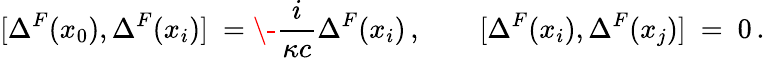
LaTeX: [\Delta^{F}(x_{0}),\Delta^{F}(x_{i})]\ =\- \frac{i}{\kappa c}\Delta^{F}(x_{i})\, ,\qquad[\Delta^{F}(x_{i}),\Delta^{F}(x_{j})]\ =\ 0\, .